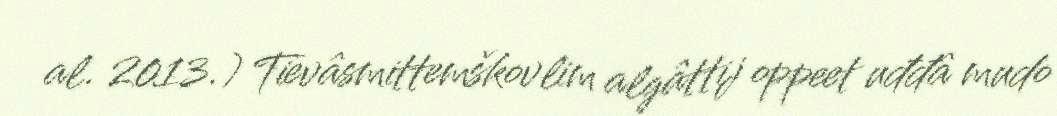
al. 2013.) Tievâsmittemškovlim algâttij oppeet uđđâ mudo